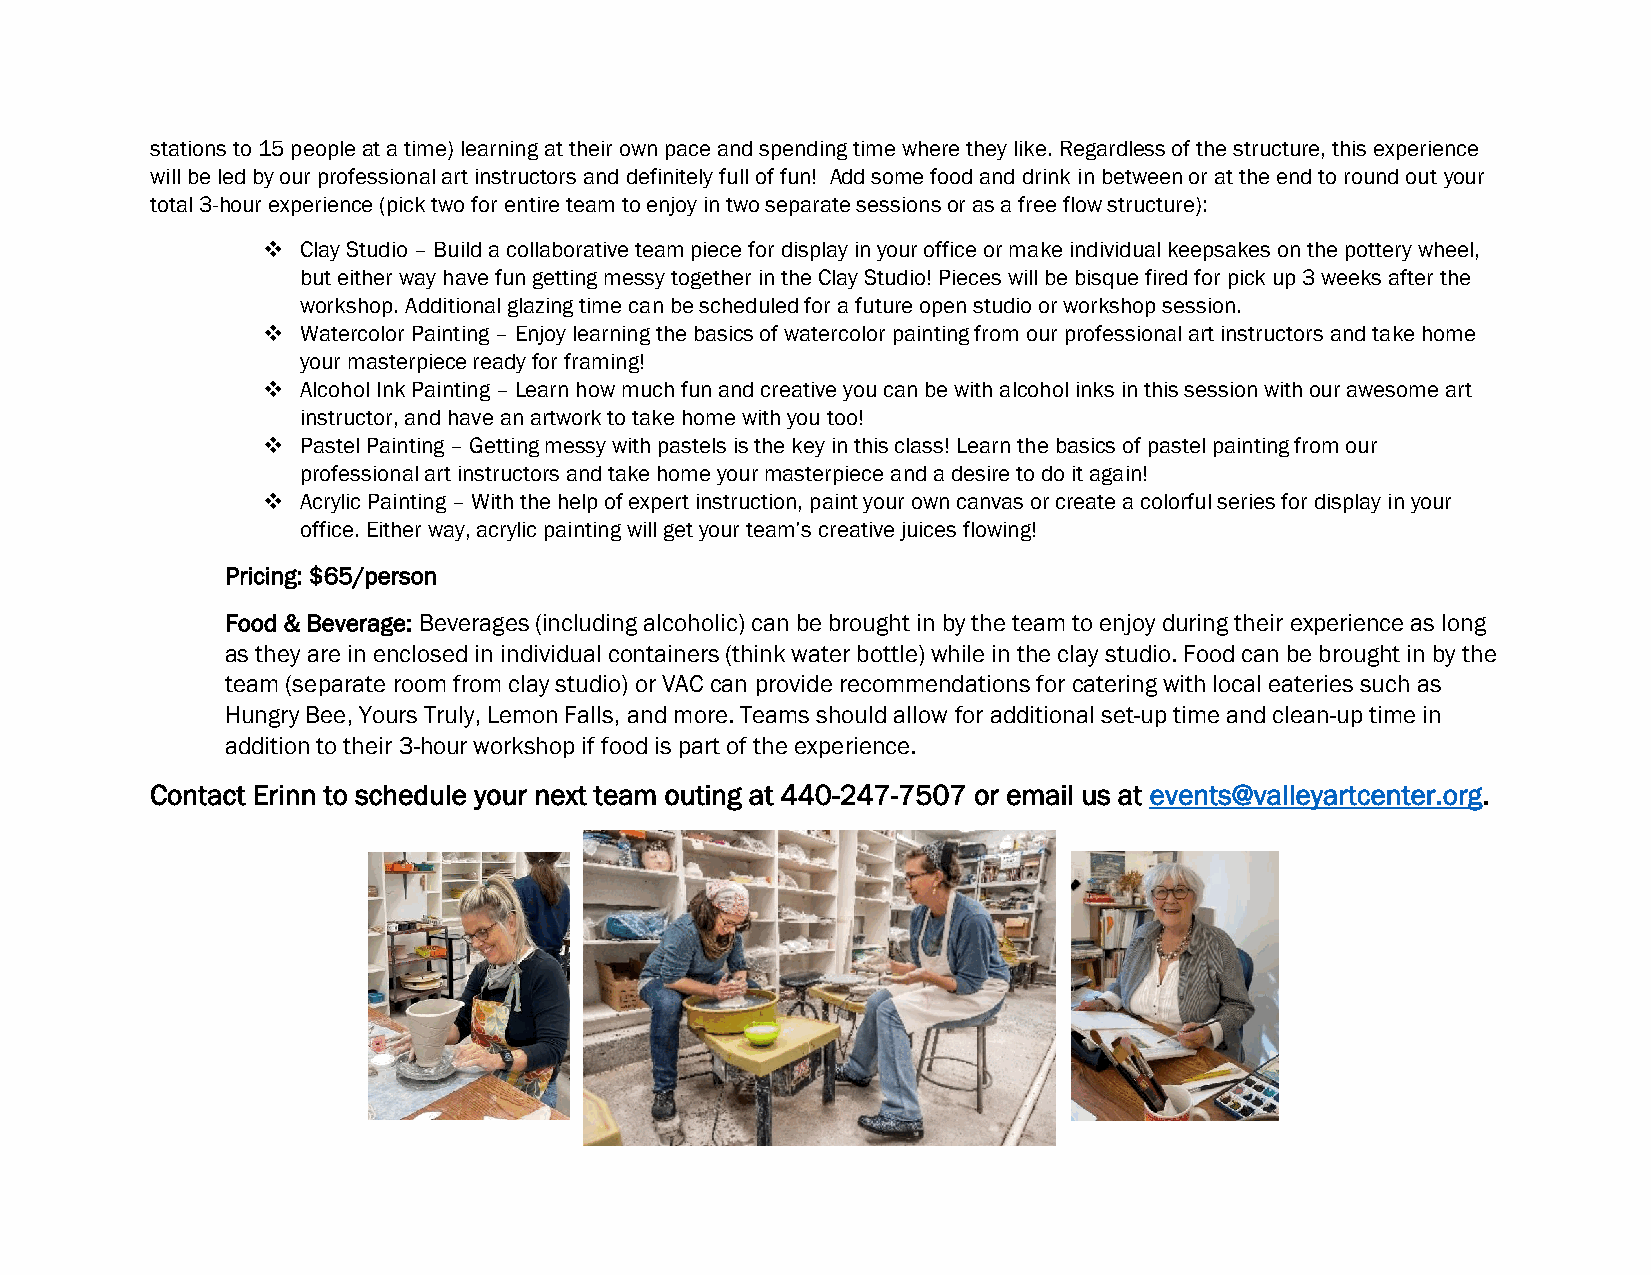
stations to 15 people at a time) learning at their own pace and spending time where they like. Regardless of the structure, this experience
 will be led by our professional art instructors and definitely full of fun! Add some food and drink in between or at the end to round out your
 total 3-hour experience (pick two for entire team to enjoy in two separate sessions or as a free flow structure):
 ❖  Clay Studio – Build a collaborative team piece for display in your office or make individual keepsakes on the pottery wheel,
 but either way have fun getting messy together in the Clay Studio! Pieces will be bisque fired for pick up 3 weeks after the
 workshop. Additional glazing time can be scheduled for a future open studio or workshop session.
 ❖  Watercolor Painting – Enjoy learning the basics of watercolor painting from our professional art instructors and take home
 your masterpiece ready for framing!
 ❖  Alcohol Ink Painting – Learn how much fun and creative you can be with alcohol inks in this session with our awesome art
 instructor, and have an artwork to take home with you too!
 ❖  Pastel Painting – Getting messy with pastels is the key in this class! Learn the basics of pastel painting from our
 professional art instructors and take home your masterpiece and a desire to do it again!
 ❖  Acrylic Painting – With the help of expert instruction, paint your own canvas or create a colorful series for display in your
 office. Either way, acrylic painting will get your team’s creative juices flowing!
 Pricing: $65/person
 Food & Beverage: Beverages (including alcoholic) can be brought in by the team to enjoy during their experience as long
 as they are in enclosed in individual containers (think water bottle) while in the clay studio. Food can be brought in by the
 team (separate room from clay studio) or VAC can provide recommendations for catering with local eateries such as
 Hungry Bee, Yours Truly, Lemon Falls, and more. Teams should allow for additional set-up time and clean-up time in
 addition to their 3-hour workshop if food is part of the experience.
 Contact Erinn to schedule your next team outing at 440-247-7507 or email us at events@valleyartcenter.org.